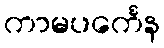
ကာမပင်္ကေန